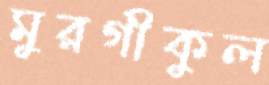
মুরগীকুল